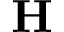
\textbf { H }